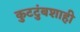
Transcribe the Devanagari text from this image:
कुटटुंबशाही